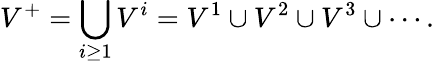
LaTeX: V^{+}=\bigcup_{i\geq 1}V^{i}=V^{1}\cup V^{2}\cup V^{3}\cup\cdots.